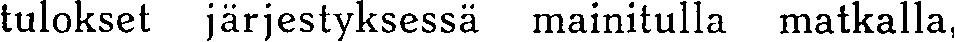
tulokset järjestyksessä mainitulla matkalla,